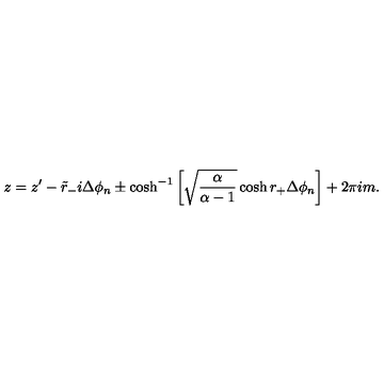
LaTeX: z = z ^ { \prime } - \tilde { r } _ { - } i \Delta \phi _ { n } \pm \cosh ^ { - 1 } \left[ \sqrt { \frac { \alpha } { \alpha - 1 } } \cosh r _ { + } \Delta \phi _ { n } \right] + 2 \pi i m .